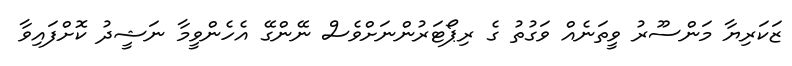
ޒަކަރިޔާ މަންސޫރު ވީތަނެއް ވަގުތު ގެ ރިޕޯޓަރުންނަށްވެސް ނޭންގޭ އެހެންވީމާ ނަޝީދު ކޮށްފައިވާ